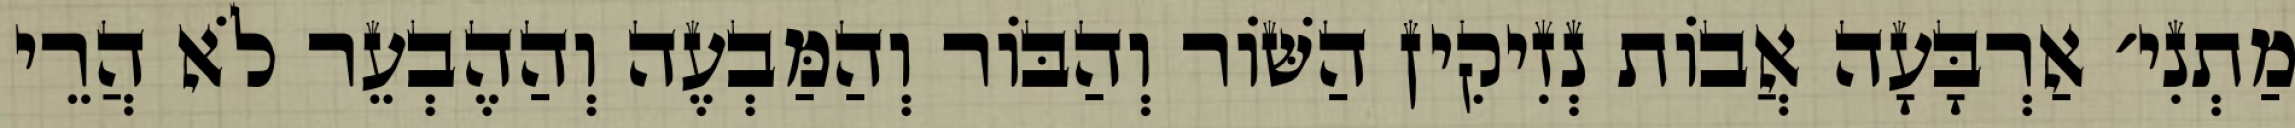
מַתְנִי׳ אַרְבָּעָה אֲבוֹת נְזִיקִין הַשּׁוֹר וְהַבּוֹר וְהַמַּבְעֶה וְהַהֶבְעֵר לֹא הֲרֵי